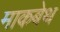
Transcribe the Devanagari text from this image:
माकबेथ